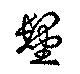
髽